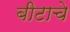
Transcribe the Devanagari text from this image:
बीटाचे